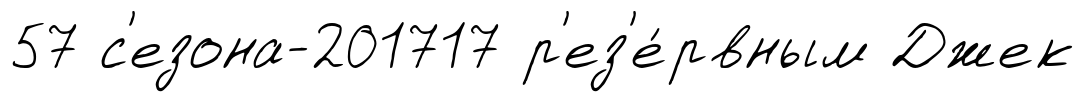
57 с'езона-201717 р'ез'е́рвным Джек